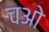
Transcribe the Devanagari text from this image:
चओ